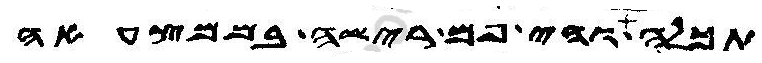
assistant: תכלה והי פם רישה בממצעאה